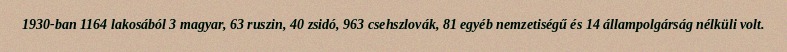
1930-ban 1164 lakosából 3 magyar, 63 ruszin, 40 zsidó, 963 csehszlovák, 81 egyéb nemzetiségű és 14 állampolgárság nélküli volt.